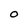
Character: o